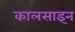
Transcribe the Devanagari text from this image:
कालसाइन